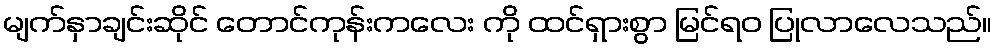
မျက်နှာချင်းဆိုင် တောင်ကုန်းကလေး ကို ထင်ရှားစွာ မြင်ရဝ ပြုလာလေသည်။